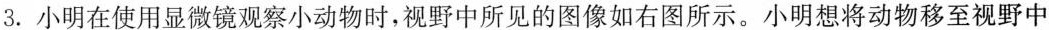
3.小明在使用显微镜观察小动物时，视野中所见的图像如右图所示。小明想将动物移至视野中